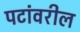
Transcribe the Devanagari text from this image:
पटांवरील